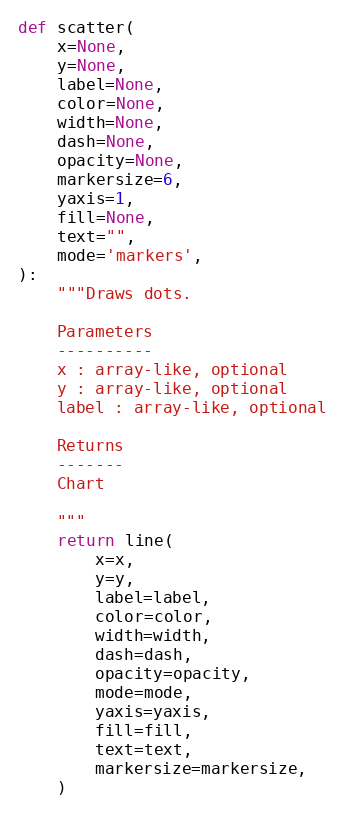
Language: Python
def scatter(
    x=None,
    y=None,
    label=None,
    color=None,
    width=None,
    dash=None,
    opacity=None,
    markersize=6,
    yaxis=1,
    fill=None,
    text="",
    mode='markers',
):
    """Draws dots.

    Parameters
    ----------
    x : array-like, optional
    y : array-like, optional
    label : array-like, optional

    Returns
    -------
    Chart

    """
    return line(
        x=x,
        y=y,
        label=label,
        color=color,
        width=width,
        dash=dash,
        opacity=opacity,
        mode=mode,
        yaxis=yaxis,
        fill=fill,
        text=text,
        markersize=markersize,
    )